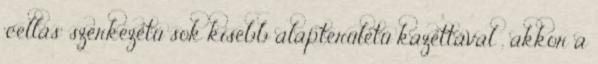
’cellás’ szerkezetû sok kisebb alapterületû kazettával , akkor a